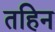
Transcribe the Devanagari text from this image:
तहिन